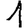
Digit: 1